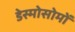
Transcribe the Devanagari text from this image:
डेस्मोसोमों